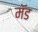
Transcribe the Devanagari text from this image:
मॅड